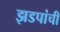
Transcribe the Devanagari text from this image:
झडपांची